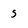
Character: s